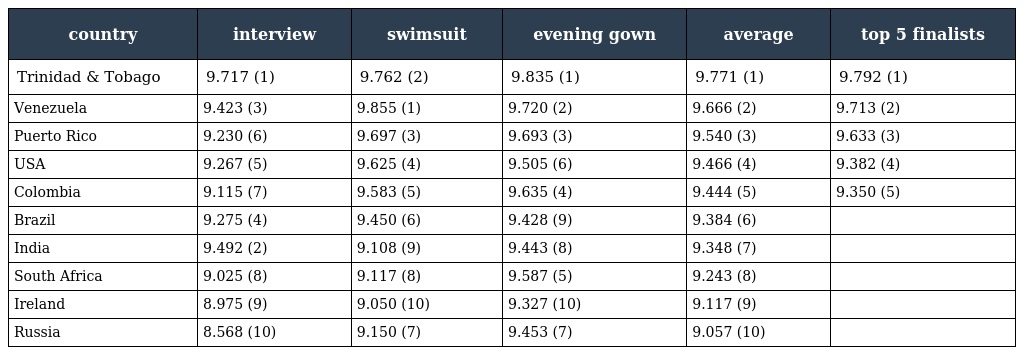
| country | interview | swimsuit | evening gown | average | top 5 finalists |
 | --- | --- | --- | --- | --- | --- |
 | Trinidad & Tobago | 9.717 (1) | 9.762 (2) | 9.835 (1) | 9.771 (1) | 9.792 (1) |
 | Venezuela | 9.423 (3) | 9.855 (1) | 9.720 (2) | 9.666 (2) | 9.713 (2) |
 | Puerto Rico | 9.230 (6) | 9.697 (3) | 9.693 (3) | 9.540 (3) | 9.633 (3) |
 | USA | 9.267 (5) | 9.625 (4) | 9.505 (6) | 9.466 (4) | 9.382 (4) |
 | Colombia | 9.115 (7) | 9.583 (5) | 9.635 (4) | 9.444 (5) | 9.350 (5) |
 | Brazil | 9.275 (4) | 9.450 (6) | 9.428 (9) | 9.384 (6) |  |
 | India | 9.492 (2) | 9.108 (9) | 9.443 (8) | 9.348 (7) |  |
 | South Africa | 9.025 (8) | 9.117 (8) | 9.587 (5) | 9.243 (8) |  |
 | Ireland | 8.975 (9) | 9.050 (10) | 9.327 (10) | 9.117 (9) |  |
 | Russia | 8.568 (10) | 9.150 (7) | 9.453 (7) | 9.057 (10) |  |